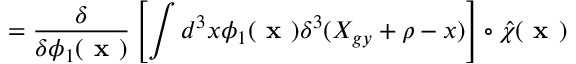
= \frac { \delta } { \delta \phi _ { 1 } ( \textbf { x } ) } \left[ \int d ^ { 3 } x \phi _ { 1 } ( \textbf { x } ) \delta ^ { 3 } ( X _ { g y } + \rho - x ) \right] \circ \hat { \chi } _ { } ( \textbf { x } )